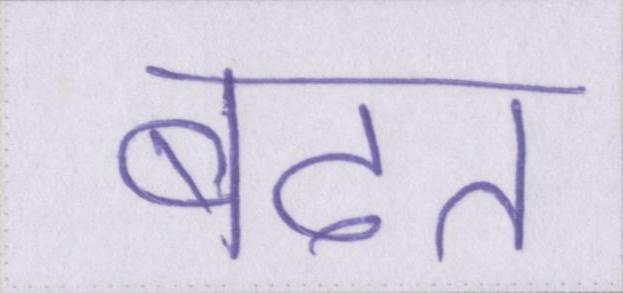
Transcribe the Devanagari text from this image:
बढत